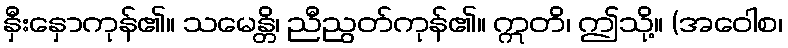
နှီးနှောကုန်၏။ သမေန္တိ၊ ညီညွတ်ကုန်၏။ ဣတိ၊ ဤသို့။ (အဝေါစ၊